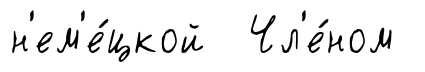
н'ем'е́цкой Чл'е́ном